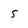
Character: 5